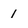
Character: 1